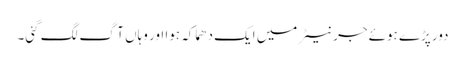
دور پڑے ہوئے جرنیٹر میں ایک دھماکہ ہوا اور وہاں آگ لگ گئی۔